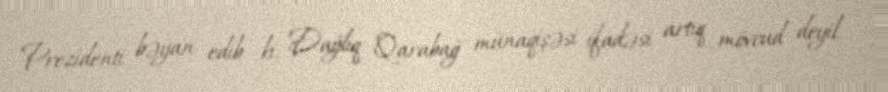
Prezidenti bəyan edib ki, Dağlıq Qarabağ münaqişəsi ifadəsi artıq mövcud deyil.